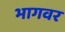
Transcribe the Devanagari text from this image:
भागवर